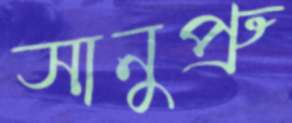
সানুপ্রু